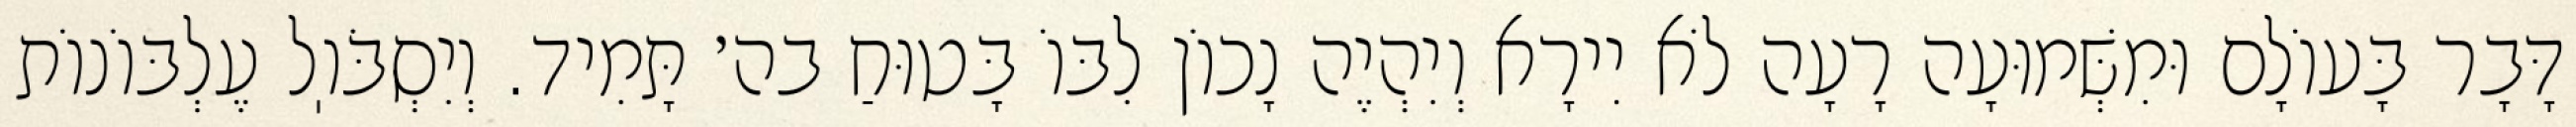
דָּבָר בָּעוֹלָם וּמִשְּׁמוּעָה רָעָה לֹא יִירָא וְיִהְיֶה נָכוֹן לִבּוֹ בָּטוּחַ בה׳ תָּמִיד. וְיִסְבֹּוֽל עֶלְבּוֹנוֹת